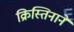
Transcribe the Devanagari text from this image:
क्रिस्तिनाने